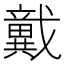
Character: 𢨞